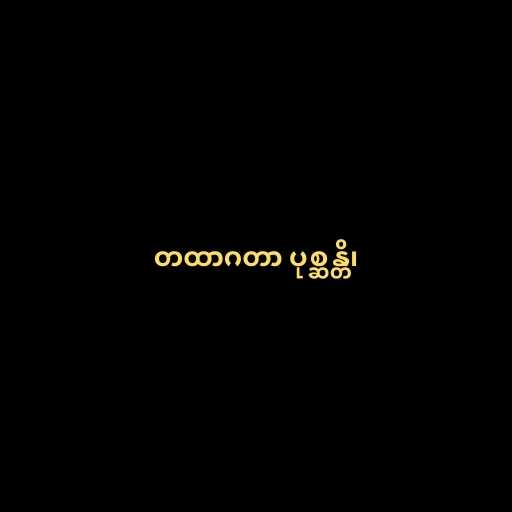
တထာဂတာ ပုစ္ဆန္တိ၊